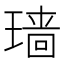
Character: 𱯜